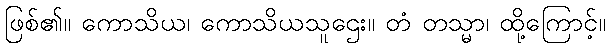
ဖြစ်၏။ ကောသိယ၊ ကောသိယသူဌေး။ တံ တသ္မာ၊ ထို့ကြောင့်။